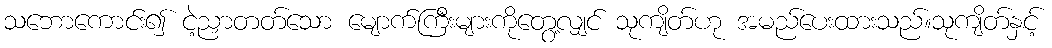
သဘောကောင်း၍ ငဲ့ညှာတတ်သော မျောက်ကြီးများကိုတွေ့လျှင် သုကျိတ်ဟု အမည်ပေးထားသည်။သုကျိတ်နှင့်